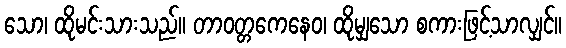
သော၊ ထိုမင်းသားသည်။ တာဝတ္တကေနေဝ၊ ထိုမျှသော စကားဖြင့်သာလျှင်။